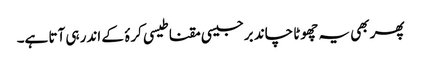
پھر بھی یہ چھوٹا چاند برجیسی مقناطیسی کرۂ کے اندر ہی آتا ہے۔